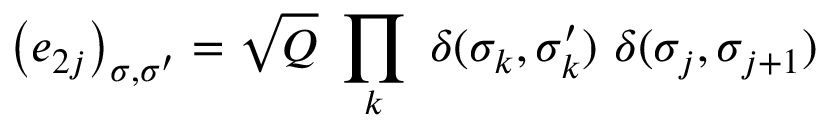
\left( e _ { 2 j } \right) _ { \sigma , \sigma ^ { \prime } } = \sqrt { Q } ~ \prod _ { k } ~ \delta ( \sigma _ { k } , \sigma _ { k } ^ { \prime } ) { } ~ \delta ( \sigma _ { j } , \sigma _ { j + 1 } )